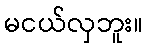
မငယ်လှဘူး။